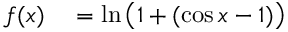
\begin{array} { r l } { f ( x ) } & { { } = \ln { \bigl ( } 1 + ( \cos x - 1 ) { \bigr ) } } \end{array}